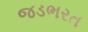
જડભરત